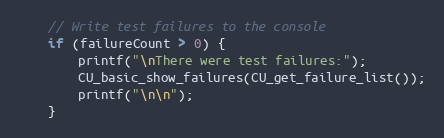
Language: C
    // Write test failures to the console
    if (failureCount > 0) {
        printf("\nThere were test failures:");
        CU_basic_show_failures(CU_get_failure_list());
        printf("\n\n");
    }